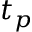
t _ { p }